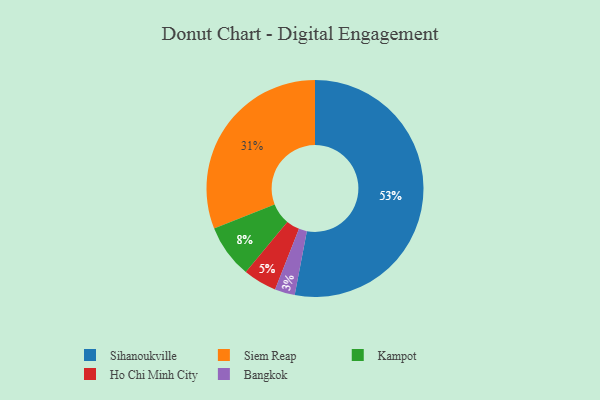
{"axis": {"x": "Category", "y": "Percentage"}, "legend": ["Bangkok", "Ho Chi Minh City", "Kampot", "Siem Reap", "Sihanoukville"], "data": [{"x": "Siem Reap", "y": 31, "type": "Siem Reap"}, {"x": "Ho Chi Minh City", "y": 5, "type": "Ho Chi Minh City"}, {"x": "Sihanoukville", "y": 53, "type": "Sihanoukville"}, {"x": "Bangkok", "y": 3, "type": "Bangkok"}, {"x": "Kampot", "y": 8, "type": "Kampot"}]}